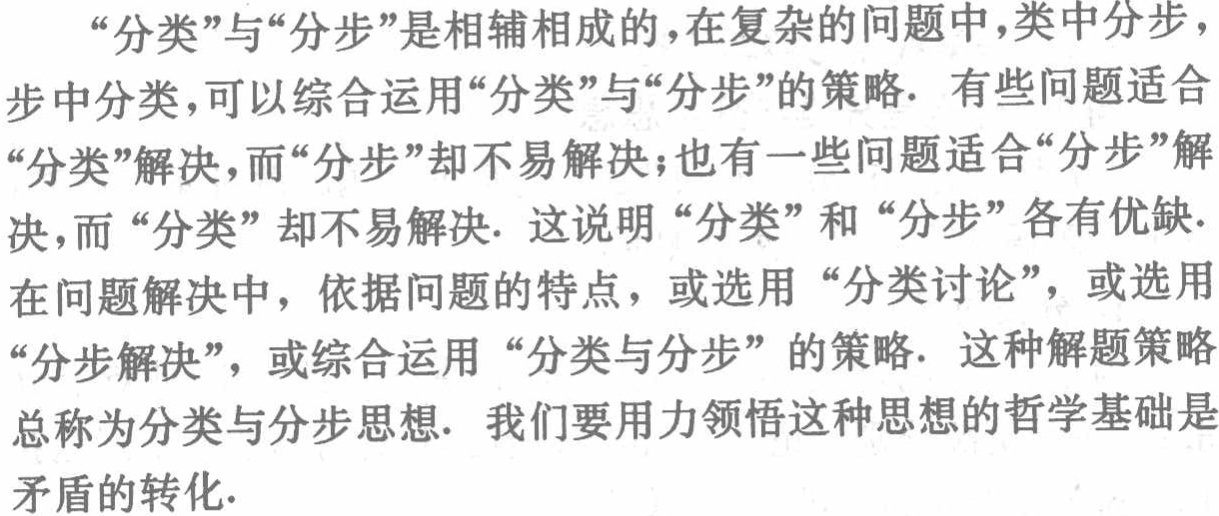
“分类”与“分步”是相辅相成的，在复杂的问题中，类中分步，步中分类，可以综合运用“分类”与“分步”的策略. 有些问题适合“分类”解决，而“分步”却不易解决；也有一些问题适合“分步”解决，而 “分类” 却不易解决. 这说明“分类”和“分步”各有优缺. 在问题解决中，依据问题的特点，或选用 “分类讨论”，或选用“分步解决”，或综合运用 “分类与分步”的策略. 这种解题策略总称为分类与分步思想. 我们要用力领悟这种思想的哲学基础是矛盾的转化.